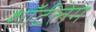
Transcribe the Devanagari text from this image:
शॉर्टलेग